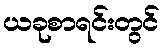
ယခုစာရင်းတွင်